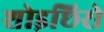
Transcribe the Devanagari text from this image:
शोइछिरो